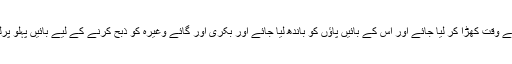
اونٹ نحر کے وقت کھڑا کر لیا جائے اور اس کے بائیں پاؤں کو باندھ لیا جائے اور بکری اور گائے وغیرہ کو ذبح کرنے کے لیے بائیں پہلو پرلٹا نا چاہیے۔